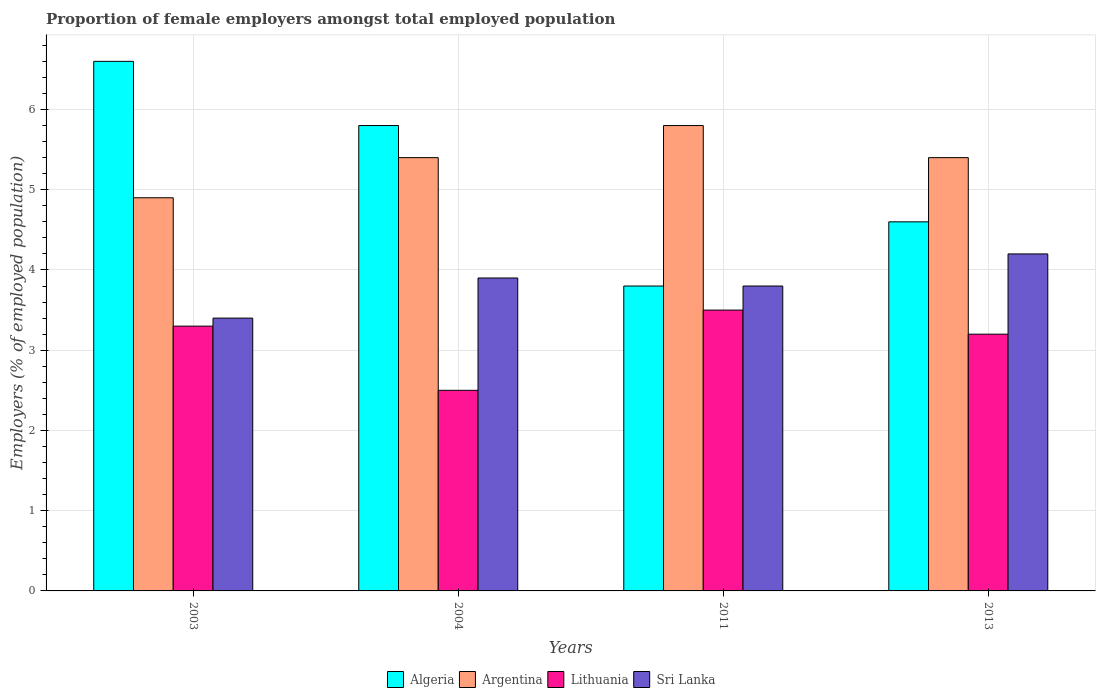
| Years | Algeria | Argentina | Lithuania | Sri Lanka |
 | --- | --- | --- | --- | --- |
 | 2003 | 6.6 | 4.9 | 3.3 | 3.4 |
 | 2004 | 5.8 | 5.4 | 2.5 | 3.9 |
 | 2011 | 3.8 | 5.8 | 3.5 | 3.8 |
 | 2013 | 4.6 | 5.4 | 3.2 | 4.2 |